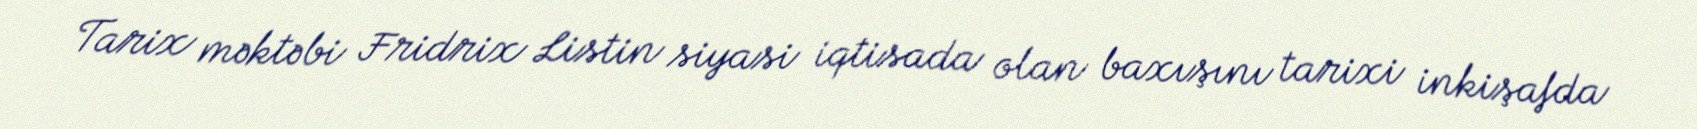
Tarix məktəbi Fridrix Listin siyasi iqtisada olan baxışını tarixi inkişafda